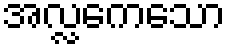
အလ္လကေသော